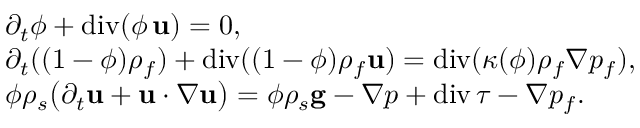
\begin{array} { r l } & { \partial _ { t } \phi + \mathrm { d i v } ( \phi \, { \bf u } ) = 0 , } \\ & { \partial _ { t } ( ( 1 - \phi ) \rho _ { f } ) + \mathrm { d i v } ( ( 1 - \phi ) \rho _ { f } { \bf u } ) = \mathrm { d i v } ( \kappa ( \phi ) \rho _ { f } \nabla p _ { f } ) , } \\ & { \phi \rho _ { s } \big ( \partial _ { t } { \bf u } + { \bf u } \boldsymbol { \cdot } \nabla { \bf u } \big ) = \phi \rho _ { s } { \bf g } - \nabla p + \mathrm { d i v } \, \boldsymbol { \tau } - \nabla p _ { f } . } \end{array}